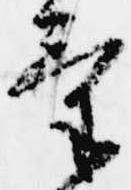
気